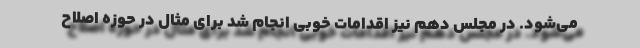
می‌شود. در مجلس دهم نیز اقدامات خوبی انجام شد برای مثال در حوزه اصلاح